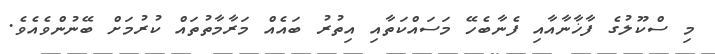
މި ސްކޫލުގެ ފާޚާނާއާއި ފެނާބެހޭ މަސައްކަތާއި އިތުރު ބައެއް މަރާމާތުތައް ކުރުމަށް ބޭނުންވެއެވެ.